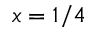
x = 1 / 4